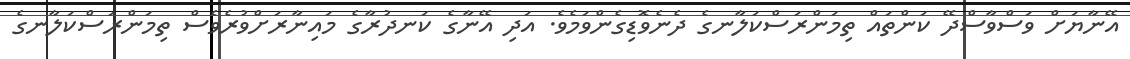
އޭނާޔަށް ވަސްވާސްދޭ ކަންތައް ތިމަންރަސްކަލާނގެ ދެނެވޮޑިގެންވަމެވެ. އަދި އޭނާގެ ކަނދުރާގެ މައިނާރަށްވުރެވެސް ތިމަންރަސްކަލާނގެ